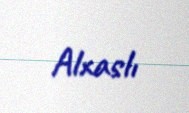
Alxaslı